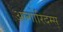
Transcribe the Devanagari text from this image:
अल्गोरिदम्स्